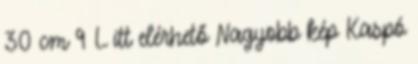
30 cm 9 L itt elérhető Nagyobb kép Kaspó